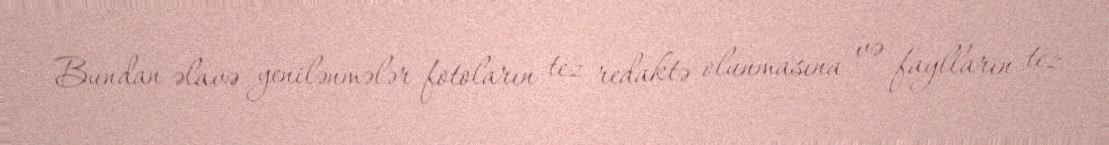
Bundan əlavə yenilənmələr fotoların tez redaktə olunmasına və faylların tez